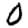
Digit: 0